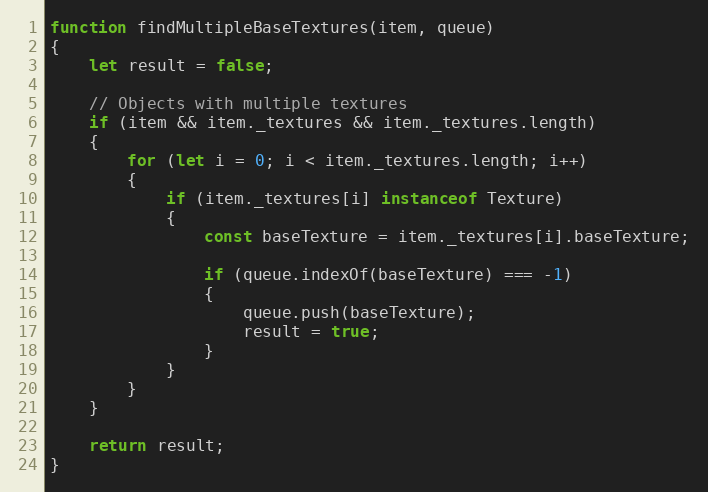
Language: JavaScript
function findMultipleBaseTextures(item, queue)
{
    let result = false;

    // Objects with multiple textures
    if (item && item._textures && item._textures.length)
    {
        for (let i = 0; i < item._textures.length; i++)
        {
            if (item._textures[i] instanceof Texture)
            {
                const baseTexture = item._textures[i].baseTexture;

                if (queue.indexOf(baseTexture) === -1)
                {
                    queue.push(baseTexture);
                    result = true;
                }
            }
        }
    }

    return result;
}